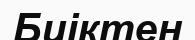
Биіктен